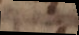
e